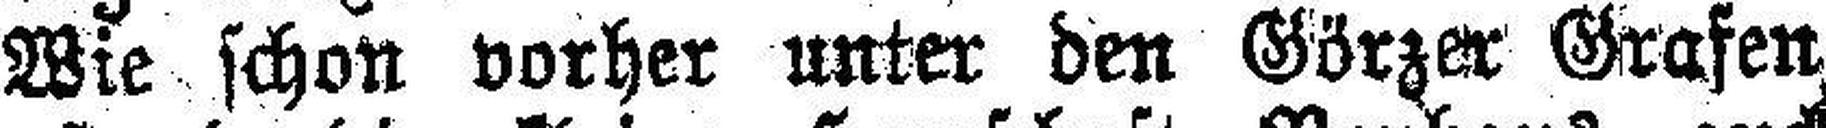
Wie schon vorher unter den Görzer Grafen